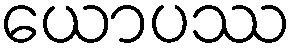
ယောပဿ